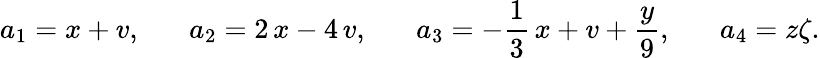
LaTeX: a_{1}=x+v,\, \, \, \, \, \, \, \, \, \, a_{2}=2\, x-4\, v,\, \, \, \, \, \, \, \, \, \, a_{3}=-\frac{1}{3}\, x+v+\frac{y}{9},\, \, \, \, \, \, \, \, \, \, a_{4}=z\zeta.